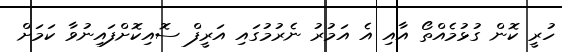
ހުރީ ކޮން ގުޅުމެއްތޯ އާއި އެ އަމުރު ނެރުުމުގައި އަރީފް ސޮއިކޮށްފައިނުވާ ކަމަށް